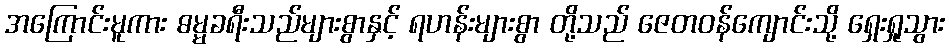
အကြောင်းမူကား ဓမ္မခရီးသည်များစွာနှင့် ရဟန်းများစွာ တို့သည် ဇေတဝန်ကျောင်းသို့ ရှေးရှုသွား